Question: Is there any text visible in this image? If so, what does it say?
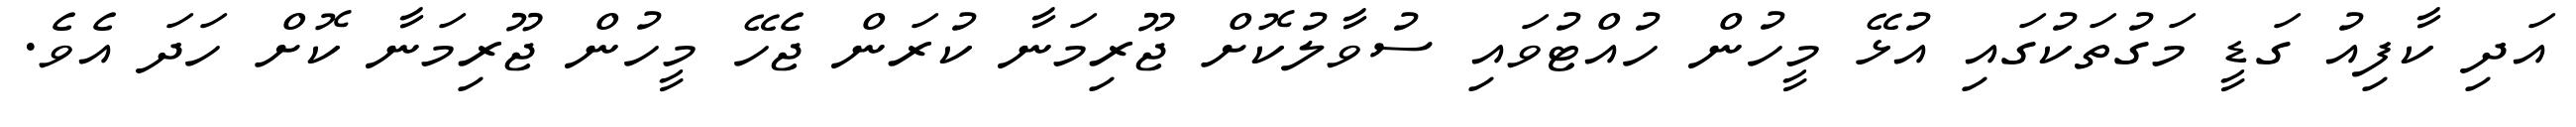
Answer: އަދި ކާފިއު ގަޑީ މަގުތަކުގައި އުޅޭ މީހުން ހުއްޓުވައި ސުވާލުކޮށް ޖޫރިމަނާ ކުރަން ޖެހޭ މީހުން ޖޫރިމަނާ ކޮށް ހަދަ އެވެ.